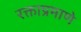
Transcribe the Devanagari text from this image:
रक्ताप्रमाणे